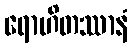
ရောဟိတဿာနံ